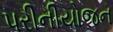
પરીનીયોજન